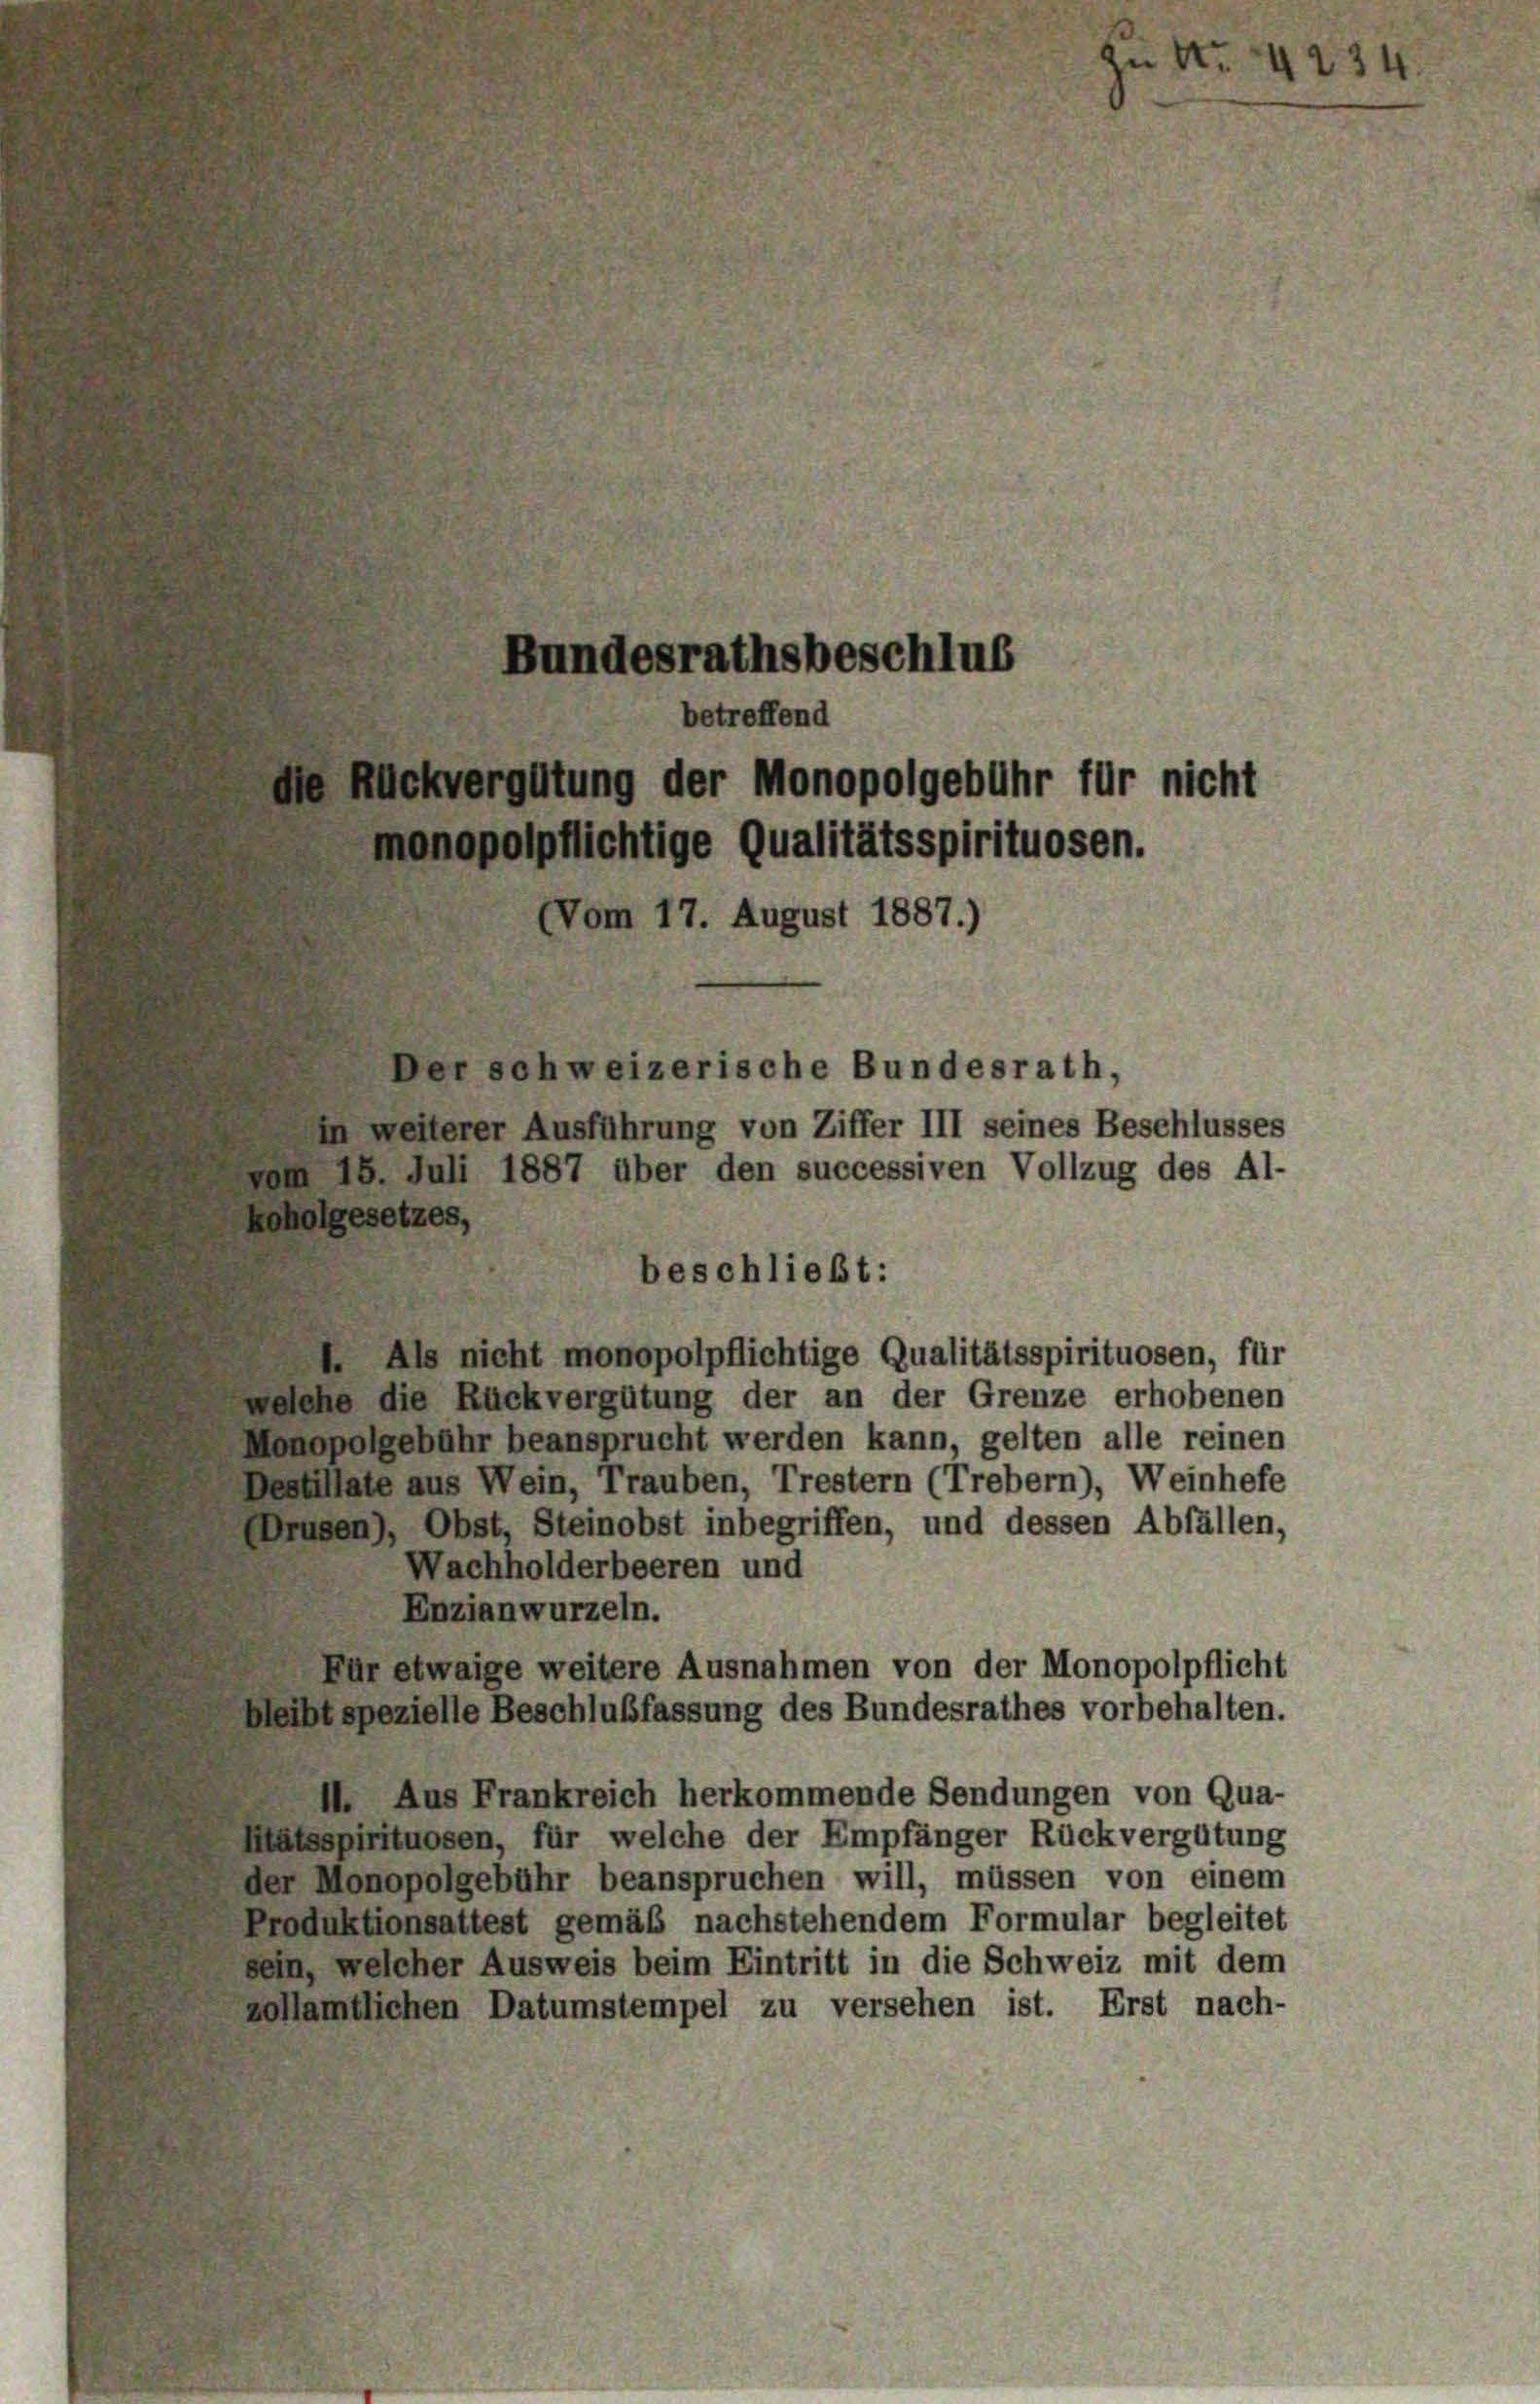
Bundesrathsbeschluß
betreffend
chvergütung der Monopolgebühr für nicht
onopolpflichtige Qualitätsspirituosen.
(Vom 17. August 1887.)
Der schweizerische Bundesrath,
in weiterer Ausführung von Ziffer III seines Beschlusses
om 15. Juli 1887 über den successiven Vollzug des Al-

oholgesetzes,
 Als nicht monopolpflichtige Qualitätsspirituosen, für
dlehe die Rückvergütung der an der Grenze erhobenen
Conspolgebühr beansprucht werden kann, gelten alle reinen
estillate aus Wein, Trauben, Trestern (Trebern), Weinhefe
Drusen), Obst, Steinobst inbegriffen, und dessen Abfällen,
Wachholderbeeren und
Enzianwurzeln.
Für etwaige weitere Ausnahmen von der Monopolpflicht
eibt spezielle Beschlußfassung des Bundesrathes vorbehalten.
11. Aus Frankreich herkommende Sendungen von Qua-
atsspirituosen, für welche der Empfänger Rückvergütung
der Monopolgebühr beanspruchen will, müssen von einem
roduktionsattest gemäß nachstehendem Formular begleitet
ein, welcher Ausweis beim Eintritt in die Schweiz mit dem
Mamtlichen Datumstempel zu versehen ist. Erst nach-

beschließt:

A. 4234